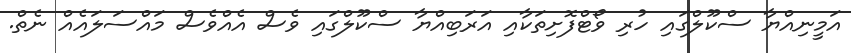
އަމީނިއްޔާ ސްކޫލްގައި ހުރި ވޯޓްފޮށިތަކާއި އަރަބިއްޔާ ސްކޫލްގައި ވެސް އެއްވެސް މައްސަލައެއް ނެތް.